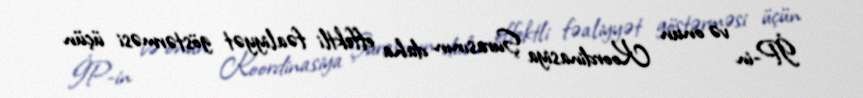
İP-in və onun Koordinasiya Şurasının daha effektli fəaliyyət göstərməsi üçün